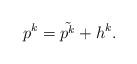
LaTeX: \begin{align*}p^k=\tilde{p^k}+h^k.\end{align*}